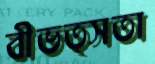
বীভত্সতা